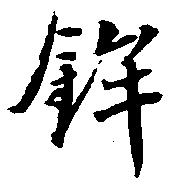
鉾